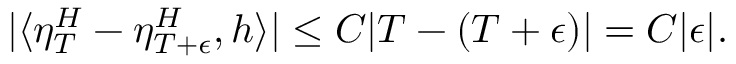
| \langle \eta _ { T } ^ { H } - \eta _ { T + \epsilon } ^ { H } , h \rangle | \leq C | T - ( T + \epsilon ) | = C | \epsilon | .